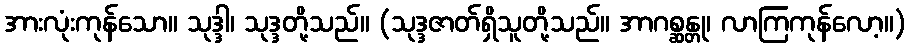
အားလုံးကုန်သော။ သုဒ္ဒါ၊ သုဒ္ဒတို့သည်။ (သုဒ္ဒဇာတ်ရှိသူတို့သည်။ အာဂစ္ဆန္တု၊ လာကြကုန်လော့။)